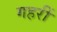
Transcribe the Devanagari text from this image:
गहरीं